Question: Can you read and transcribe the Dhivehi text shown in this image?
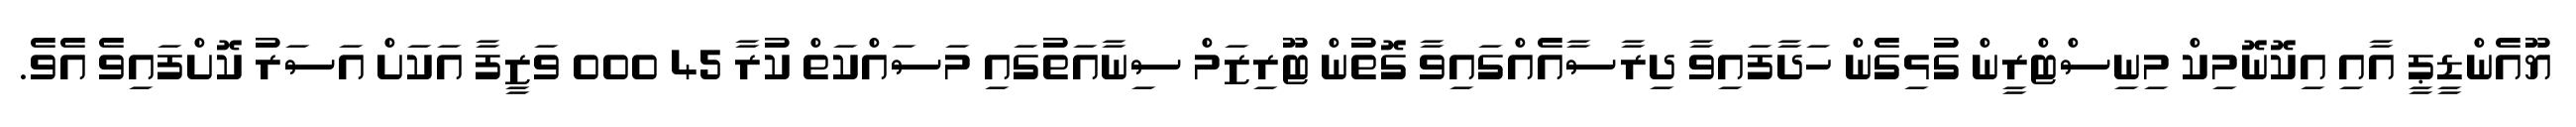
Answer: ޔޫއެންޑީޕީ އާއި އިކޮނޮމިކް މިނިސްޓްރީން ގުޅިގެން ހަދާފައިވާ ދިރާސާއެއްގައިވާ ގޮތުން ޓޫރިޒަމް ސިނާއަތުގައި މަސައްކަތް ކުރާ 45 000 ވަޒީފާ އަކަށް އަސަރު ކޮށްފައިވެ އެވެ.